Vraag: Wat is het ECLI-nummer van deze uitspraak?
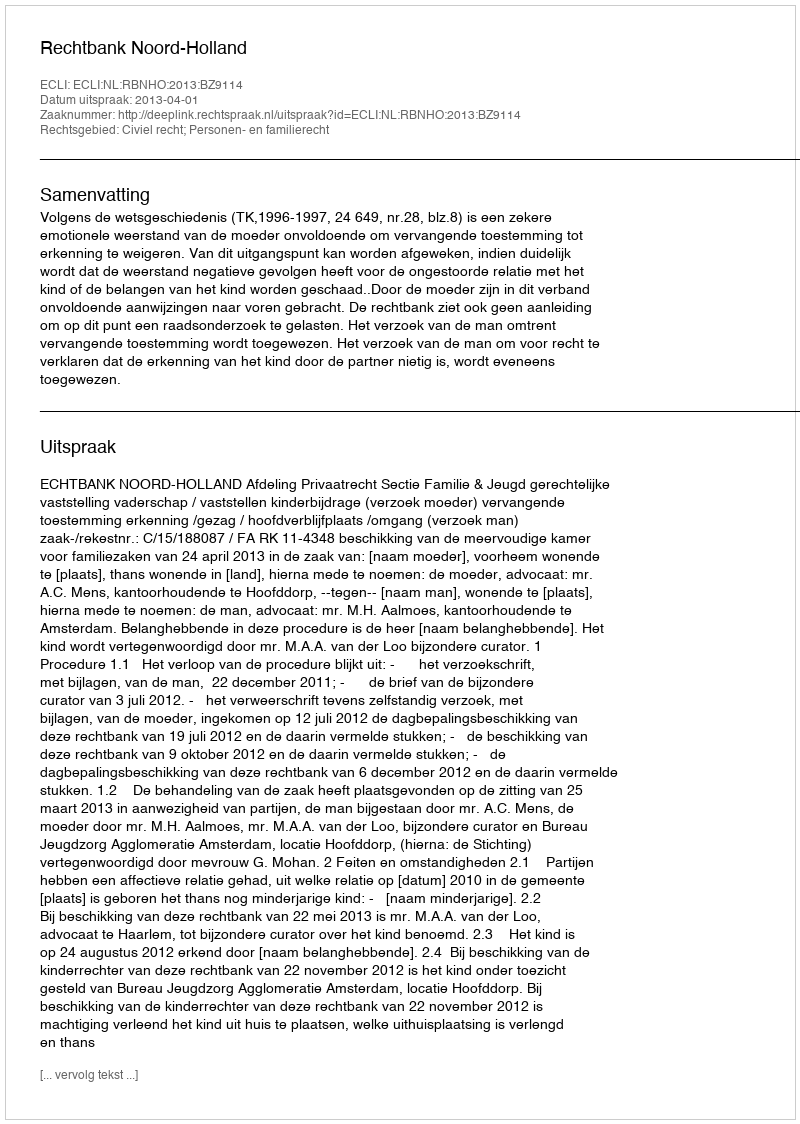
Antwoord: ECLI:NL:RBNHO:2013:BZ9114